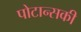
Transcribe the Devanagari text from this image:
पोटान्सकी